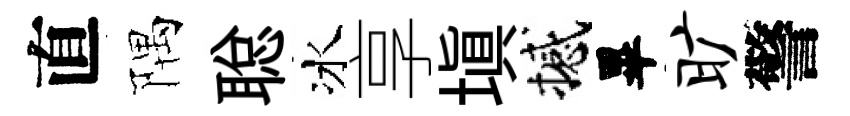
直隅聪冰享塡撼畢旷警